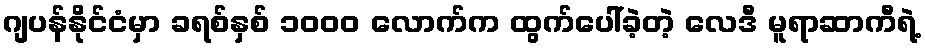
ဂျပန်နိုင်ငံမှာ ခရစ်နှစ် ၁၀၀၀ လောက်က ထွက်ပေါ်ခဲ့တဲ့ လေဒီ မူရာဆာကီရဲ့